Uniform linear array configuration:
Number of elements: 16
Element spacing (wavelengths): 0.25
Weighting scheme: uniform
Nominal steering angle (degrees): -30
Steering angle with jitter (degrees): -29.827
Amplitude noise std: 0.05
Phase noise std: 0.05

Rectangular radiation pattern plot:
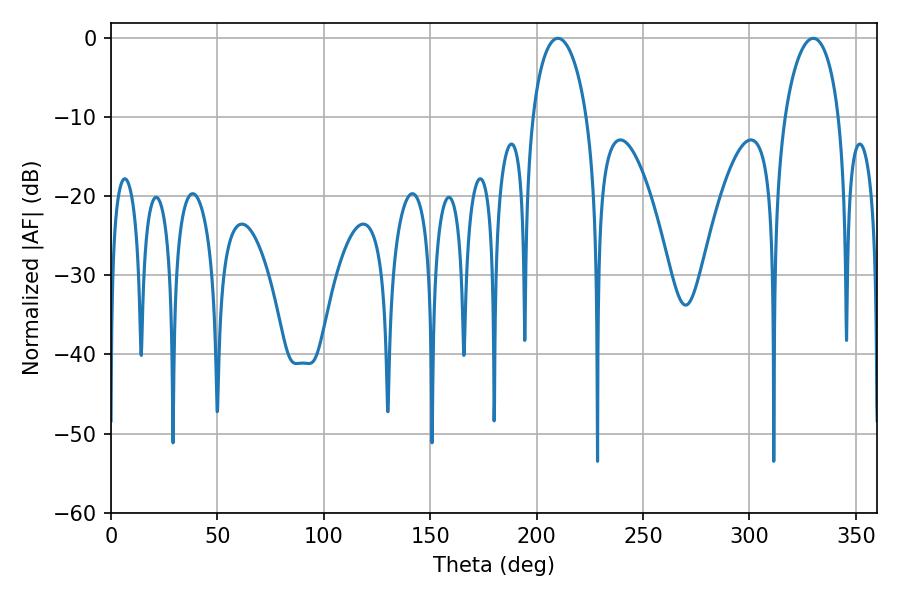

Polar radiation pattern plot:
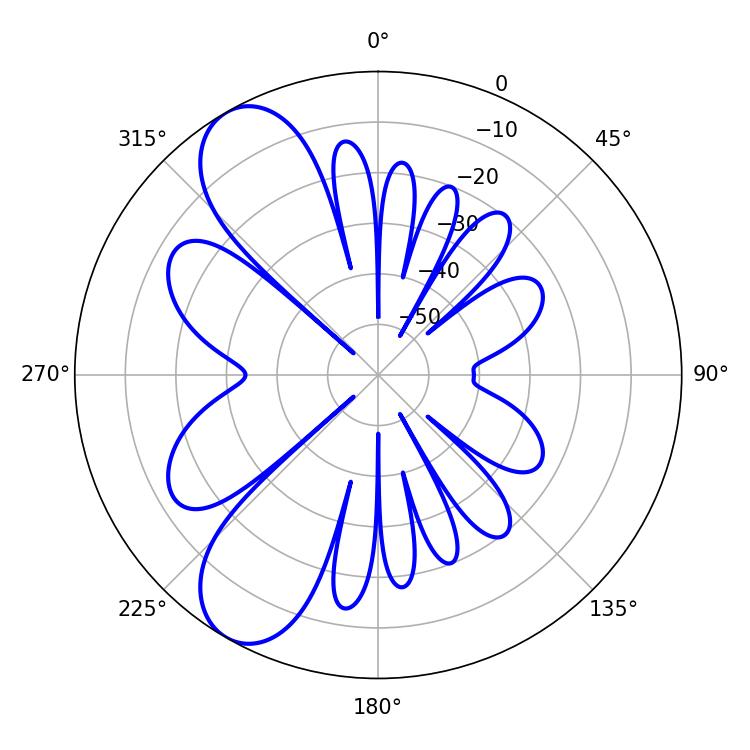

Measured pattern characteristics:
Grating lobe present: FALSE
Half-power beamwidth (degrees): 14.58
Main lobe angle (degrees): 210.06